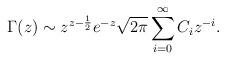
LaTeX: \begin{align*}\Gamma(z)\sim z^{z-\frac{1}{2}}e^{-z}\sqrt{2\pi}\sum_{i=0}^{\infty}C_iz^{-i}.\end{align*}